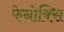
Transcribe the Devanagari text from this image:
फेनोक्सि